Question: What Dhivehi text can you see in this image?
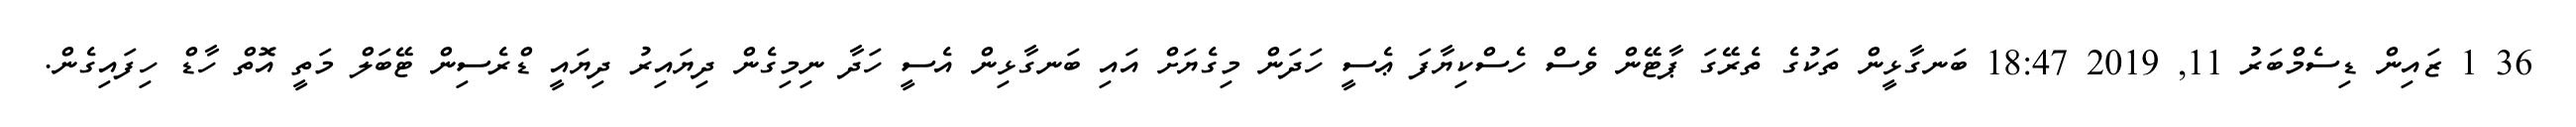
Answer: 36 1 ޒައިން ޑިސެމްބަރު 11, 2019 18:47 ބަނގާޅީން ތަކުގެ ތެރޭގަ ޕާޓޭން ވެސް ހެސްކިޔާފަ ޢެސީ ހަދަން މިގެޔަށް އައި ބަނގާޅިން އެސީ ހަދާ ނިމިގެން ދިޔައިރު ދިޔައީ ޑްރެސިން ޓޭބަލް މަތީ އޮތް ހާޑް ހިފައިގެން.